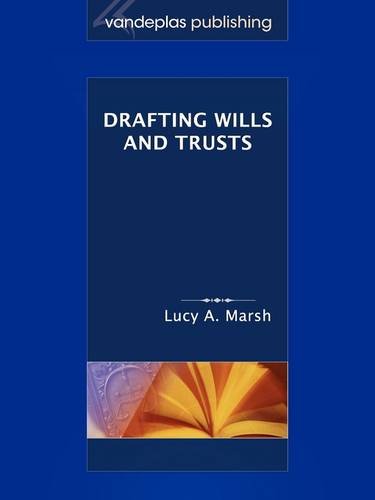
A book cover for Drafting Wills & Trusts; Lucy A Marsh; Education & Teaching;